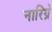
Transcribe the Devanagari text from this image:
नारिंग्रे